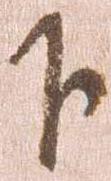
下